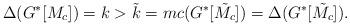
LaTeX: \begin{align*}\Delta (G^*[M_c])=k > \tilde{k}=mc(G^*[\tilde{M_c}])=\Delta(G^*[\tilde{M_c}]).\end{align*}